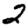
Digit: 2